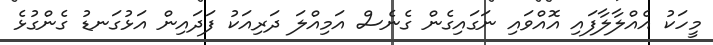
މީހަކު އެއްލާލާފައި އޮއްވައި ނަގައިގެން ގެނެސް އަމިއްލަ ދަރިއަކު ފަދައިން އަޅުގަނޑު ގެންގުޅެ